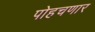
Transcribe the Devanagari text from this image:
पोहचणार